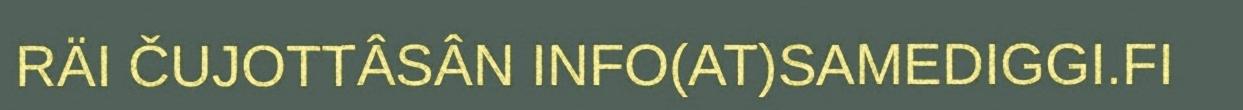
RÄI ČUJOTTÂSÂN INFO(AT)SAMEDIGGI.FI